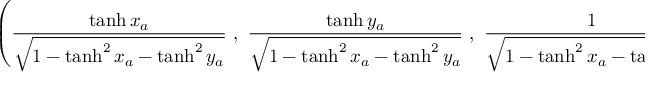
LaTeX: \left( { \frac { \operatorname { t a n h } x _ { a } } { \sqrt { 1 - \operatorname { t a n h } ^ { 2 } x _ { a } - \operatorname { t a n h } ^ { 2 } y _ { a } } } } \ , \ { \frac { \operatorname { t a n h } y _ { a } } { \sqrt { 1 - \operatorname { t a n h } ^ { 2 } x _ { a } - \operatorname { t a n h } ^ { 2 } y _ { a } } } } \ , \ { \frac { 1 } { \sqrt { 1 - \operatorname { t a n h } ^ { 2 } x _ { a } - \operatorname { t a n h } ^ { 2 } y _ { a } } } } \right)